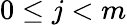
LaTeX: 0\leq j<m